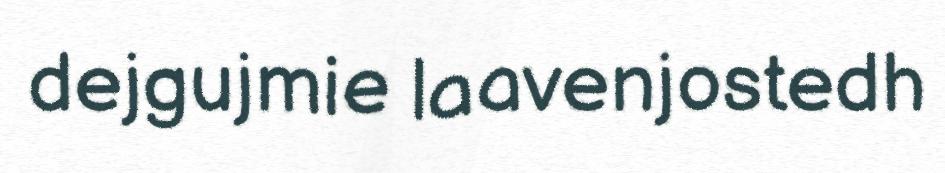
dejgujmie laavenjostedh